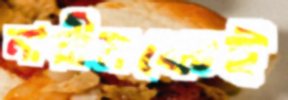
নারীমঞ্চেই